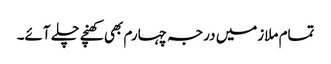
تمام ملازمیں درجہ چہارم بھی کھنچے چلے آئے۔